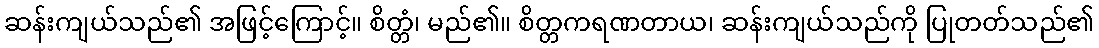
ဆန်းကျယ်သည်၏ အဖြင့်ကြောင့်။ စိတ္တံ၊ မည်၏။ စိတ္တကရဏတာယ၊ ဆန်းကျယ်သည်ကို ပြုတတ်သည်၏